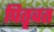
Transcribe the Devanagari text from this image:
पितृवत